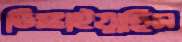
ডিঙ্গাইয়াছিস